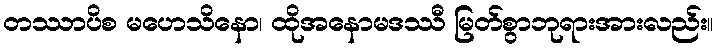
တဿာပိစ မဟေသိနော၊ ထိုအနောမဒဿီ မြတ်စွာဘုရားအားလည်း။